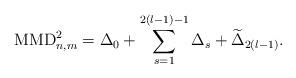
LaTeX: \begin{align*}\textup{MMD}_{n,m}^{2}=\Delta_{0}+\sum^{2(l-1)-1}_{s=1}\Delta_{s}+\widetilde{\Delta}_{2(l-1)}. \end{align*}